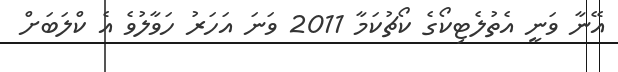
އޭނާ ވަނީ އެތުލެޓިކޯގެ ކޯޗުކަމާ 2011 ވަނަ އަހަރު ހަވާލުވެ އެ ކްލަބަށް